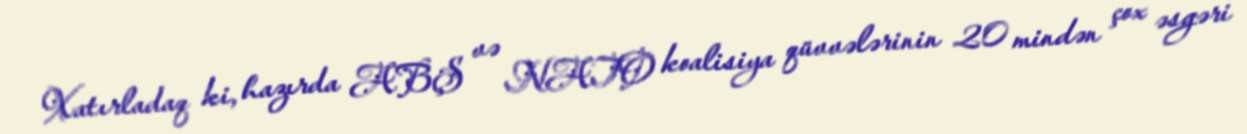
Xatırladaq ki, hazırda ABŞ və NATO koalisiya qüvvələrinin 20 mindən çox əsgəri